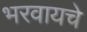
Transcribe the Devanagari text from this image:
भरवायचे